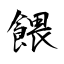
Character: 餵